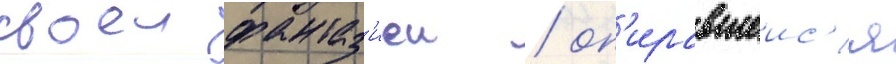
своеи фантаз'иеи / оп'иравшеис'я